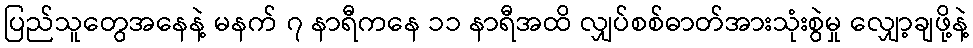
ပြည်သူတွေအနေနဲ့ မနက် ၇ နာရီကနေ ၁၁ နာရီအထိ လျှပ်စစ်ဓာတ်အားသုံးစွဲမှု လျှော့ချဖို့နဲ့